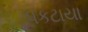
પકટાયા